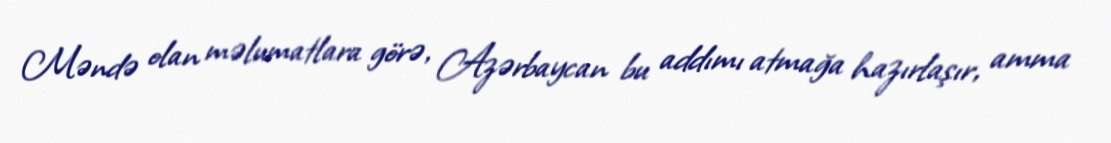
Məndə olan məlumatlara görə, Azərbaycan bu addımı atmağa hazırlaşır, amma